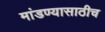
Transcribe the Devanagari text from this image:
मांडण्यासाठीच